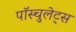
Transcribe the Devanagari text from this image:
पॉस्चुलेट्स